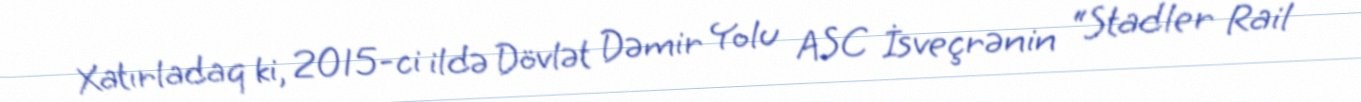
Xatırladaq ki, 2015-ci ildə Dövlət Dəmir Yolu ASC İsveçrənin “Stadler Rail